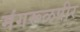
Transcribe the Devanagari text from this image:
मंगरूळपीर